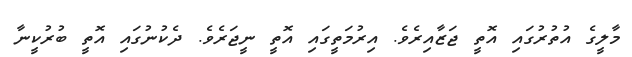
މާލީގެ އުތުރުގައި އޮތީ ޖަޒާއިރެވެ. އިރުމަތީގައި އޮތީ ނީޖަރެވެ. ދެކުނުގައި އޮތީ ބުރުކީނާ